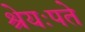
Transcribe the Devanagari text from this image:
श्रेयःपते